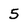
Character: 5